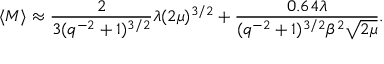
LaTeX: \langle M \rangle \approx \frac { 2 } { 3 ( q ^ { - 2 } + 1 ) ^ { 3 / 2 } } \lambda ( 2 \mu ) ^ { 3 / 2 } + \frac { 0 . 6 4 \lambda } { ( q ^ { - 2 } + 1 ) ^ { 3 / 2 } \beta ^ { 2 } \sqrt { 2 \mu } } .